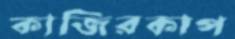
কাজিরকাপ